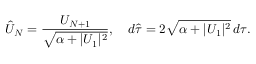
\hat { U } _ { N } = \frac { U _ { N + 1 } } { \sqrt { \alpha + | U _ { 1 } | ^ { 2 } } } , \quad d \hat { \tau } = 2 \sqrt { \alpha + | U _ { 1 } | ^ { 2 } } \, d \tau .